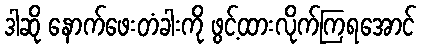
ဒါဆို နောက်ဖေးတံခါးကို ဖွင့်ထားလိုက်ကြရအောင်